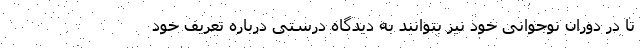
تا در دوران نوجوانی خود نیز بتوانند به دیدگاه درستی درباره تعریف خود